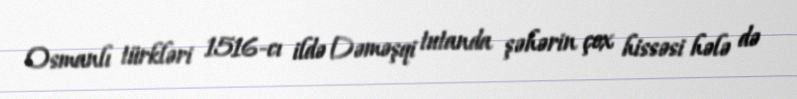
Osmanlı türkləri 1516-cı ildə Dəməşqi tutanda şəhərin çox hissəsi hələ də